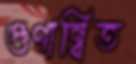
গুণান্বিত